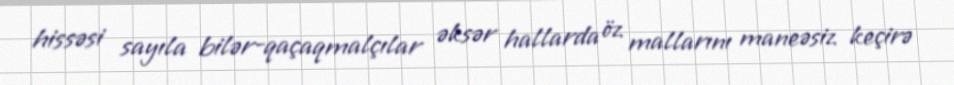
hissəsi sayıla bilər-qaçaqmalçılar əksər hallarda öz mallarını maneəsiz keçirə